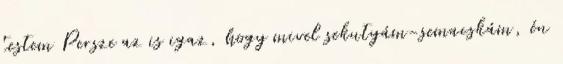
testem Persze az is igaz, hogy mivel sekutyám-semacskám, én